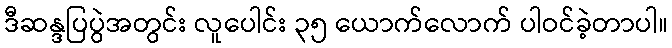
ဒီဆန္ဒပြပွဲအတွင်း လူပေါင်း ၃၅ ယောက်လောက် ပါဝင်ခဲ့တာပါ။